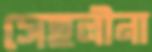
সেহলীনা